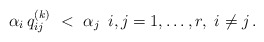
\begin{align*}\alpha_i \, q^{(k)}_{ij} \ < \ \alpha_j \ \, i, j = 1, \ldots , r, \ i \ne j\, .\end{align*}